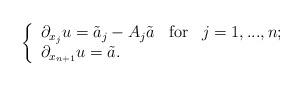
LaTeX: \begin{align*}\left\{\begin{array}{lll}\partial_{x_j}u=\tilde a_j-A_j\tilde a&{\rm for} & j=1,...,n;\\ \partial_{x_{n+1}}u=\tilde a.\end{array}\right.\end{align*}